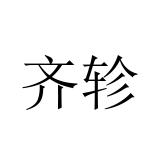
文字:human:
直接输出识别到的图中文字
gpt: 齐轸